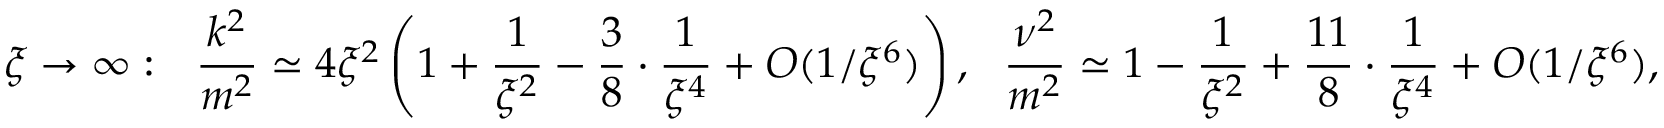
\xi \rightarrow \infty : \ \ \frac { k ^ { 2 } } { m ^ { 2 } } \simeq 4 \xi ^ { 2 } \left( 1 + \frac { 1 } { \xi ^ { 2 } } - \frac { 3 } { 8 } \cdot \frac { 1 } { \xi ^ { 4 } } + { \cal O } ( 1 / \xi ^ { 6 } ) \right) , \ \ \frac { \nu ^ { 2 } } { m ^ { 2 } } \simeq 1 - \frac { 1 } { \xi ^ { 2 } } + \frac { 1 1 } { 8 } \cdot \frac { 1 } { \xi ^ { 4 } } + { \cal O } ( 1 / \xi ^ { 6 } ) ,